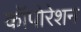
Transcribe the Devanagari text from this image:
कॉपोरेशन